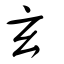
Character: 玄